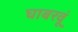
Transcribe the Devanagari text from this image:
घाबरवूं